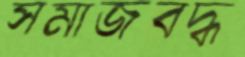
সমাজবদ্ধ